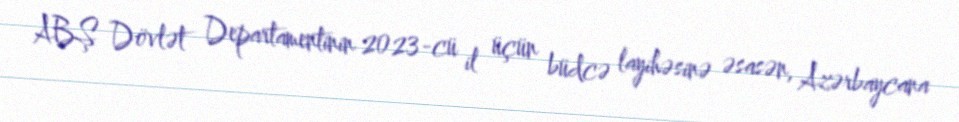
ABŞ Dövlət Departamentinin 2023-cü il üçün büdcə layihəsinə əsasən, Azərbaycana